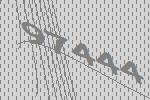
97444